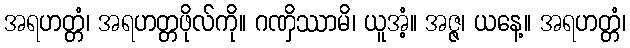
အရဟတ္တံ၊ အရဟတ္တဖိုလ်ကို။ ဂဏှိဿာမိ၊ ယူအံ့။ အဇ္ဇ၊ ယနေ့။ အရဟတ္တံ၊